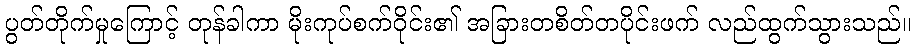
ပွတ်တိုက်မှုကြောင့် တုန်ခါကာ မိုးကုပ်စက်ဝိုင်း၏ အခြားတစိတ်တပိုင်းဖက် လည်ထွက်သွားသည်။